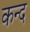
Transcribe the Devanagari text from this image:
कन्‍द